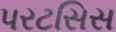
પરટસિસ